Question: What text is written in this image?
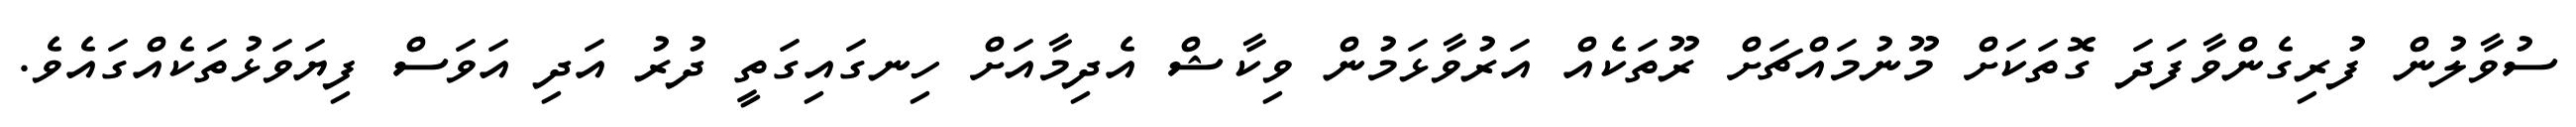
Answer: ސުވާލުން ފުރިގެންވާފަދަ ގޮތަކަށް މޫނުމައްޗަށް ރޫތަކެއް އަރުވާޅަމުން ވިކާޝް އެދިމާއަށް ހިނގައިގަތީ ދުރު އަދި އަވަސް ފިޔަވަޅުތަކެއްގައެވެ.